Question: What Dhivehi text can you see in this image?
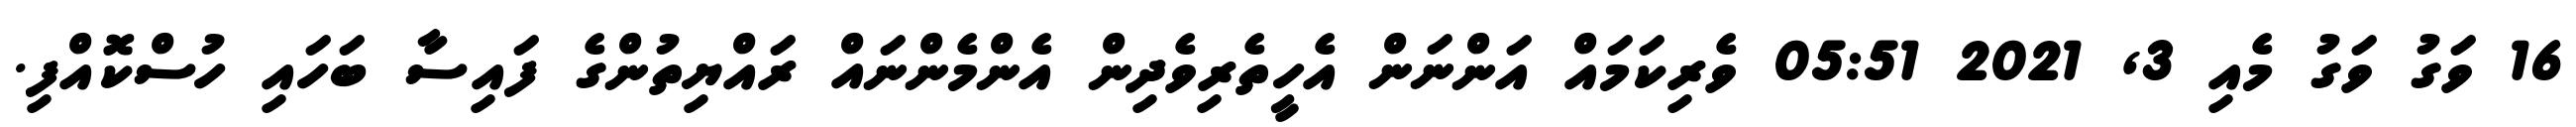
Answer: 16 ވަގު ވަގު މެއި 3, 2021 05:51 ވެރިކަމައް އަންނަން އެހީތެރިވެދިން އެންމެންނައް ރައްޔިތުންގެ ފައިސާ ބަހައި ހުސްކޮއްފި.